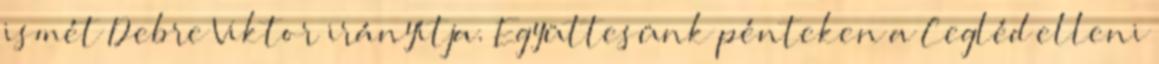
ismét Debre Viktor irányítja. Együttesünk pénteken a Cegléd elleni